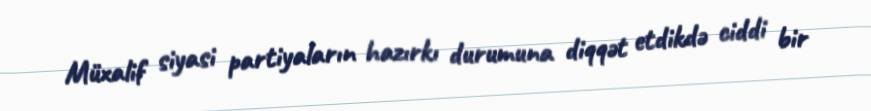
Müxalif siyasi partiyaların hazırkı durumuna diqqət etdikdə ciddi bir